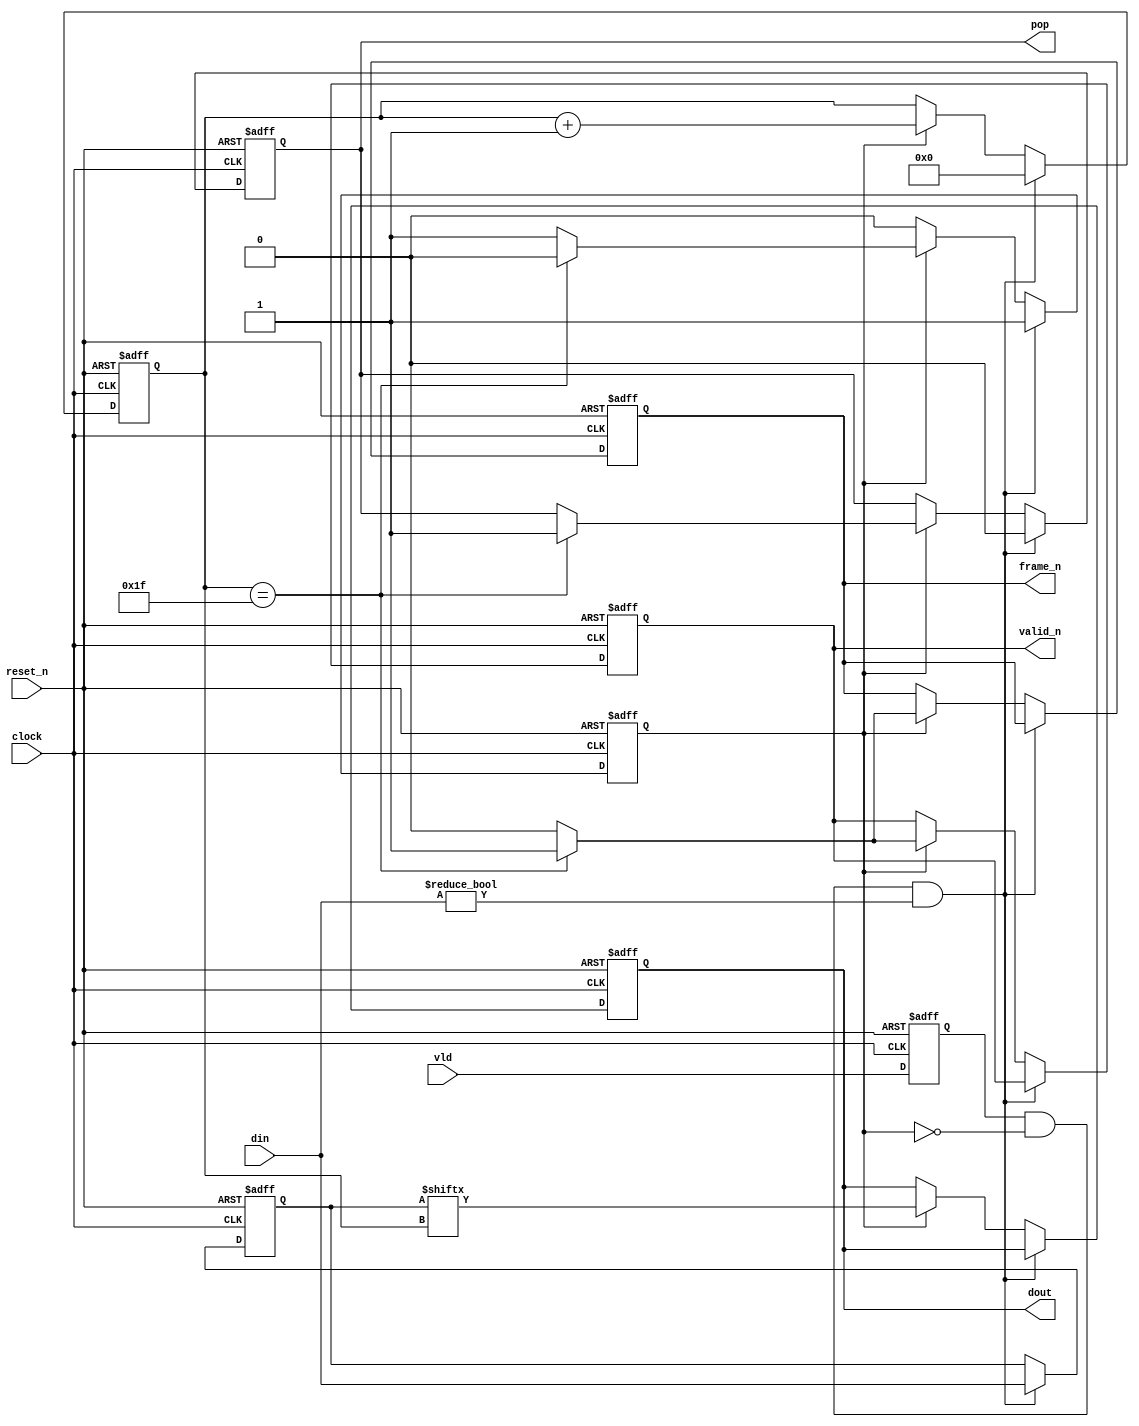
module portout (
    input clock,
    input reset_n,
    input [31:0] din,
    input vld, // Latch this
    output reg dout,
    output reg frame_n,
    output reg valid_n,
    output reg pop
    //output reg data_transmitted
);

    reg [4:0] count;
    reg [31:0] temp, din_prev;
    reg state;
    reg vld_latched;

    always @(posedge clock or negedge reset_n) begin
        if (!reset_n) begin
            vld_latched <= 0;
            din_prev <= 0;
            temp <= 0;
            count <= 0;
            pop <= 1;
            frame_n <= 1;
            valid_n <= 1;
            state <= 0;
            dout <= 0;
        end else begin
            vld_latched <= vld;
            if (vld_latched && !state && din != 32'b0) begin // Check for new data
                $display("%t: Portout: Din = %h", $time, din);
                temp <= din;
                count <= 0;
                state <= 1; // Begin serialization
                pop <= 0; // Read from FIFO
            end else if (state) begin
                // Serialization process
                frame_n <= 0;
                valid_n <= 0;
                dout <= temp[count];
                count <= count + 1;
                if (count == 31) begin // Completed serialization
                    state <= 0;
                    frame_n <= 1;
                    valid_n <= 1;
                    pop <= 1;
                    $display("%t: Portout: Serialization of %h completed.", $time, temp);
                end
            end
        end
    end
endmodule